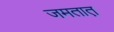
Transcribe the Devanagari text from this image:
जमतात़